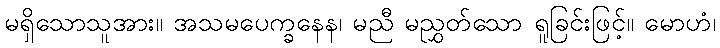
မရှိသောသူအား။ အသမပေက္ခနေန၊ မညီ မညွှတ်သော ရူခြင်းဖြင့်။ မောဟံ၊